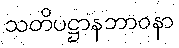
သတိပဋ္ဌာနဘာဝနာ